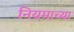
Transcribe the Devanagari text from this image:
नियमाच्या